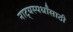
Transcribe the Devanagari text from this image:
नाट्यस्पर्धांसाठी